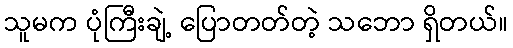
သူမက ပုံကြီးချဲ့ ပြောတတ်တဲ့ သဘော ရှိတယ်။